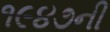
૧૯૪૭ની